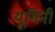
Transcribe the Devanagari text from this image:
यूगिनी